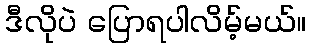
ဒီလိုပဲ ပြောရပါလိမ့်မယ်။